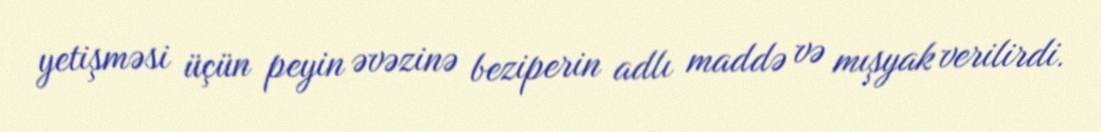
yetişməsi üçün peyin əvəzinə beziperin adlı maddə və mışyak verilirdi.